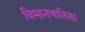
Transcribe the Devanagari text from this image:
विमानचालिका